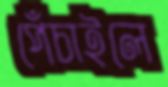
পেঁচাইলে